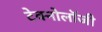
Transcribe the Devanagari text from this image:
टेक्नोलाॅजी